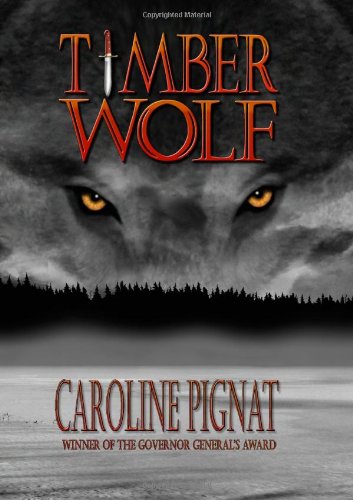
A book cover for Timber Wolf; Caroline Pignat; Teen & Young Adult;